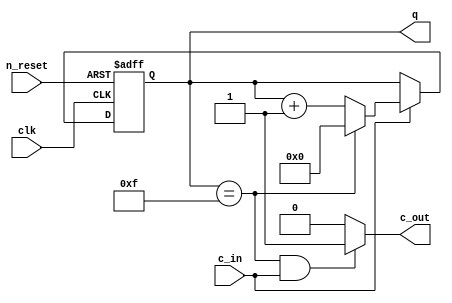
module m_universal_counter(input clk, input n_reset, input c_in, output c_out,
output [3:0] q);
    parameter maxcnt=15;
    reg [3:0] cnt;
    
    assign q=cnt;
    assign c_out=((cnt==maxcnt) && (c_in==1'b1)) ? 1'b1 : 1'b0;
    
    always @(posedge clk or negedge n_reset) begin
        if(n_reset==1'b0) begin
            cnt=4'h0;
        end
        else begin
            if(c_in==1'b1) begin
                if(cnt==maxcnt)
                    cnt=4'h0;
                else
                    cnt=cnt+1;
            end
        end
    end
endmodule


// removing chattering
module m_chattering(input clk, input sw_in, output sw_out);
    reg [15:0] cnt;
    reg swreg;
    wire iclk;

    assign sw_out = swreg;

    always @(posedge clk) begin
        cnt=cnt+1;
    end
    assign iclk=cnt[15];
    
    always @(posedge iclk) begin
        swreg=sw_in;
    end
endmodule


module m_seven_segment(input [3:0] idat, output [7:0] odat);

    function [7:0] LedDec;
        input [3:0] num;
        begin
            case (num)
            4'h0: LedDec = 8'b11000000;
            4'h1: LedDec = 8'b11111001;
            4'h2: LedDec = 8'b10100100;
            4'h3: LedDec = 8'b10110000;
            4'h4: LedDec = 8'b10011001;
            4'h5: LedDec = 8'b10010010;
            4'h6: LedDec = 8'b10000010;
            4'h7: LedDec = 8'b11111000;
            4'h8: LedDec = 8'b10000000;
            4'h9: LedDec = 8'b10011000;
            4'ha: LedDec = 8'b10001000;
            4'hb: LedDec = 8'b10000011;
            4'hc: LedDec = 8'b10100111;
            4'hd: LedDec = 8'b10100001;
            4'he: LedDec = 8'b10000110;
            4'hf: LedDec = 8'b10001110;
            default: LedDec = 8'b11111111;
        endcase
    end
    endfunction

    assign odat=LedDec(idat);
endmodule